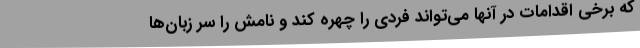
که برخی اقدامات در آنها می‌تواند فردی را چهره کند و نامش را سر زبان‌ها